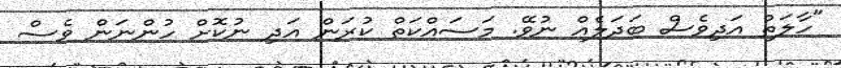
"ހާލަތު އަދިވެސް ބަދަލެއް ނުވޭ. މަސައްކަތް ކުރަން އަދި ނުކޮށް ހުންނަން ވެސް